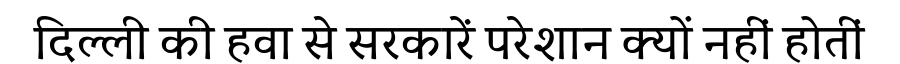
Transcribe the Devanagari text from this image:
दिल्ली की हवा से सरकारें परेशान क्यों नहीं होतीं